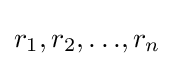
{r_{1}},{r_{2}},{\dots },{r_{n}}